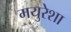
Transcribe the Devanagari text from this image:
मयुरेशा